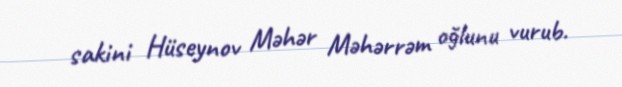
sakini Hüseynov Məhər Məhərrəm oğlunu vurub.